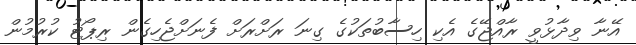
އޭނާ ވިދާޅުވީ ރާއްޖޭގެ އެކި ހިސާބުތަކުގެ ގިނަ ރަށްރަށް ފެނަށްޖެހިގެން ރިޕޯޓު ކުރުމުން